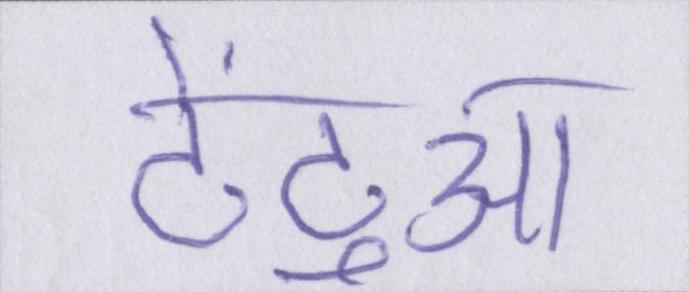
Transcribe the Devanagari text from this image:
टेंटुआ